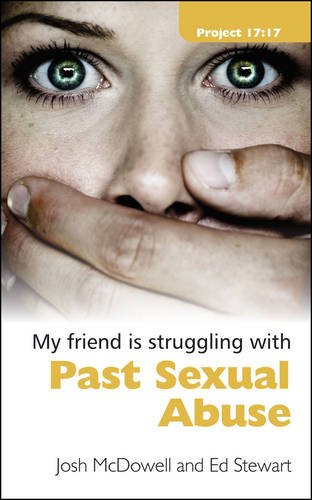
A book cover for Struggling With Past Sexual Abuse (Project 17:17); Josh McDowell; Teen & Young Adult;